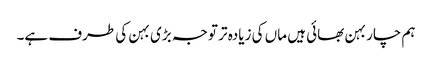
ہم چار بہن بھائی ہیں ماں کی زیادہ تر توجہ بڑی بہن کی طرف ہے۔